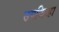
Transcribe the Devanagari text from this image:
उपजिव्हा